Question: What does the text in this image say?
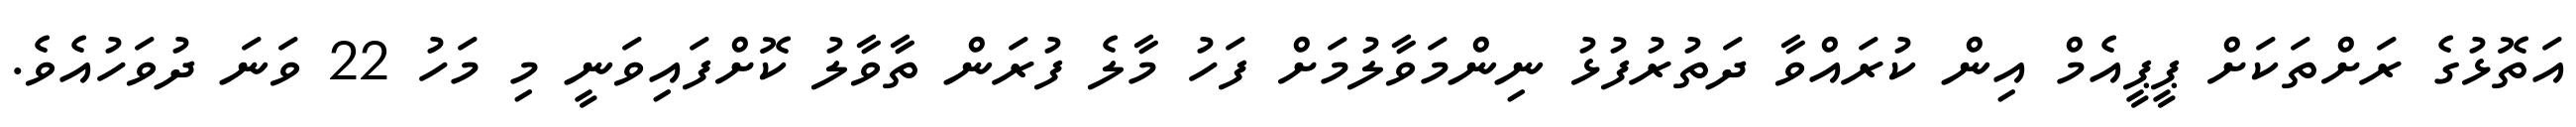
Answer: އަތޮޅުގެ ރަށްތަކަށް ޕީޕީއެމް އިން ކުރައްވާ ދަތުރުފުޅު ނިންމަވާލުމަށް ފަހު މާލެ ފުރަން ތާވާލު ކޮށްފައިވަނީ މި މަހު 22 ވަނަ ދުވަހުއެވެ.